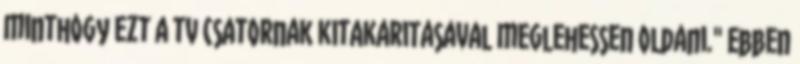
minthogy ezt a tv csatornak kitakaritasaval meglehessen oldani." Ebben